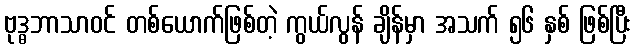
ဗုဒ္ဓဘာသာဝင် တစ်ယောက်ဖြစ်တဲ့ ကွယ်လွန် ချိန်မှာ အသက် ၅၆ နှစ် ဖြစ်ပြီး